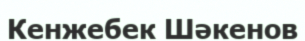
Кенжебек Шәкенов